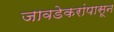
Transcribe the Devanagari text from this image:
जावडेकरांपासून